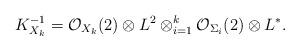
LaTeX: \begin{align*}K_{X_{k}}^{-1}=\mathcal{O}_{X_{k}}(2)\otimes L^{2}\otimes_{i=1}^{k} \mathcal{O}_{\Sigma_{i}}(2)\otimes L^{*}.\end{align*}